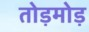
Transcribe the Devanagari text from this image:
तोड़मोड़